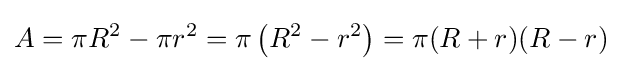
A=\pi R^{2}-\pi r^{2}=\pi \left(R^{2}-r^{2}\right)=\pi (R+r)(R-r)